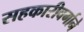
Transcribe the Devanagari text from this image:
सहकारीवर्गाने